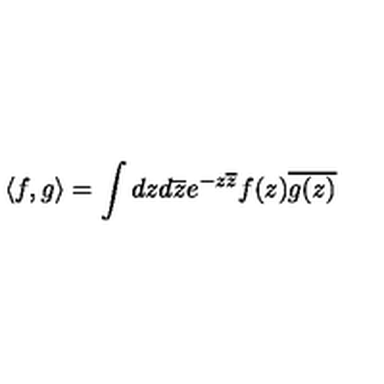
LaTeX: \langle f , g \rangle = \int d z d \overline { { z } } e ^ { - z \overline { { z } } } f ( z ) \overline { { g ( z ) } }